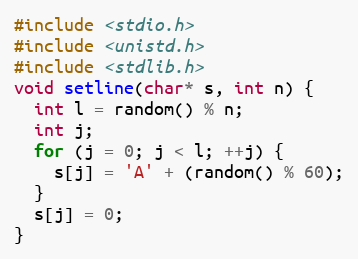
Language: C++
#include <stdio.h>
#include <unistd.h>
#include <stdlib.h>
void setline(char* s, int n) {
  int l = random() % n;
  int j;
  for (j = 0; j < l; ++j) {
    s[j] = 'A' + (random() % 60);
  }
  s[j] = 0;
}